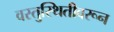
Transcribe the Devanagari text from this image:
वस्तुस्थितीवरून